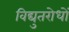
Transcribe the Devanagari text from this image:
विद्युतरोधों